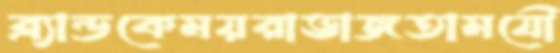
ব্র্যান্ডকেময়রাভাজতামযৌ